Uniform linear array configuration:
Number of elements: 48
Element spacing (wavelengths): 0.25
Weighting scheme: hamming
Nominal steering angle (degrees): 60
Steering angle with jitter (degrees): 59.475
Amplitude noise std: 0.05
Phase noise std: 0.05

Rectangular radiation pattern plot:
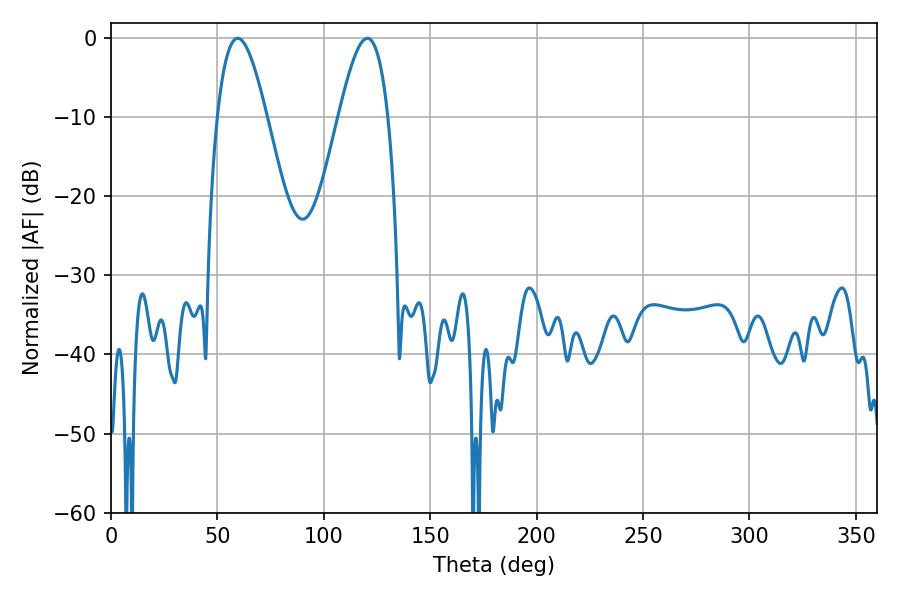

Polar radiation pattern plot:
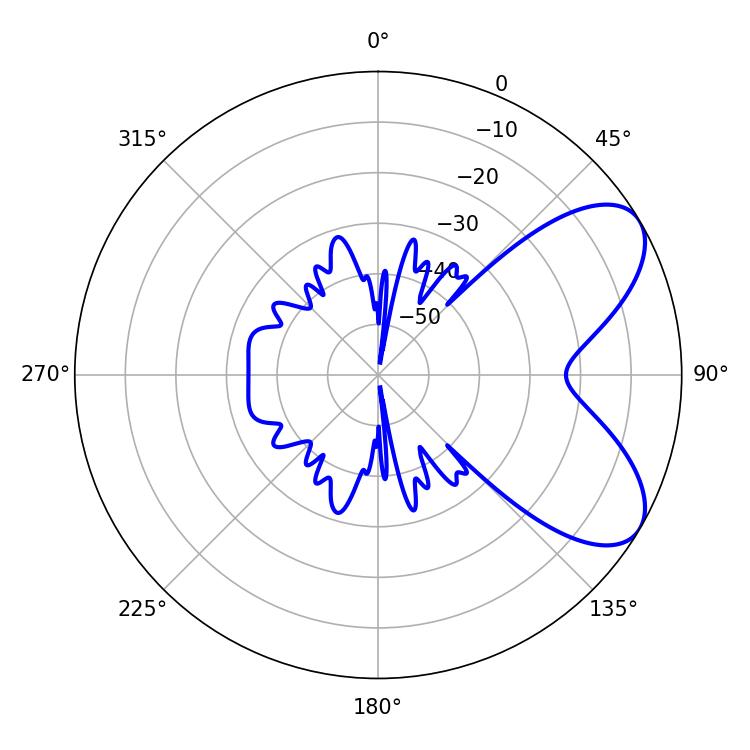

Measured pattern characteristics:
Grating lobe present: FALSE
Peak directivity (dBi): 6.82
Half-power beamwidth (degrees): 12.6
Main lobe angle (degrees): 59.58